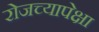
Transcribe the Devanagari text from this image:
रोजच्यापेक्षा